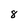
Character: 8